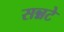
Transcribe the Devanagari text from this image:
सन्नटे